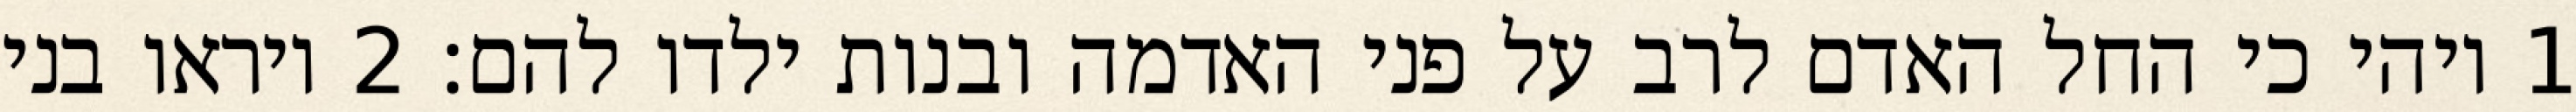
1 ויהי כי החל האדם לרב על פני האדמה ובנות ילדו להם׃ ‎2‏ ויראו בני